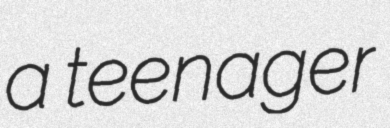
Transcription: a teenager